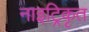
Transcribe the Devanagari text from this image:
नाइट्रिकृत